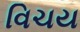
વિચય